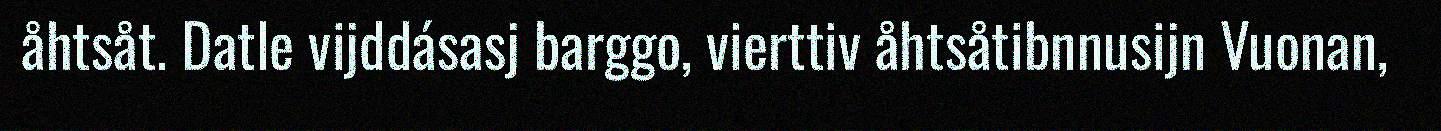
åhtsåt. Datle vijddásasj barggo, vierttiv åhtsåtibnnusijn Vuonan,